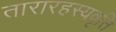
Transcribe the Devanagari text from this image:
तारारहस्यवृत्ति